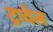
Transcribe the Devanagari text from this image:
ट्रावेल